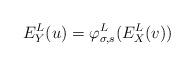
LaTeX: \begin{align*}E^L_Y(u) = \varphi^L_{\sigma, s}(E^L_X(v))\end{align*}